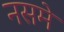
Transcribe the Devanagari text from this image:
नसमे